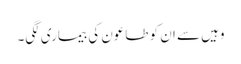
وہیں سے ان کو طاعون کی بیماری لگی۔